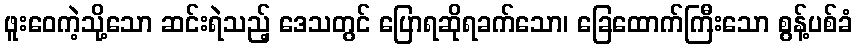
ဖူးဝေကဲ့သို့သော ဆင်းရဲသည့် ဒေသတွင် ပြောရဆိုရခက်သော၊ ခြေထောက်ကြီးသော စွန့်ပစ်ခံ